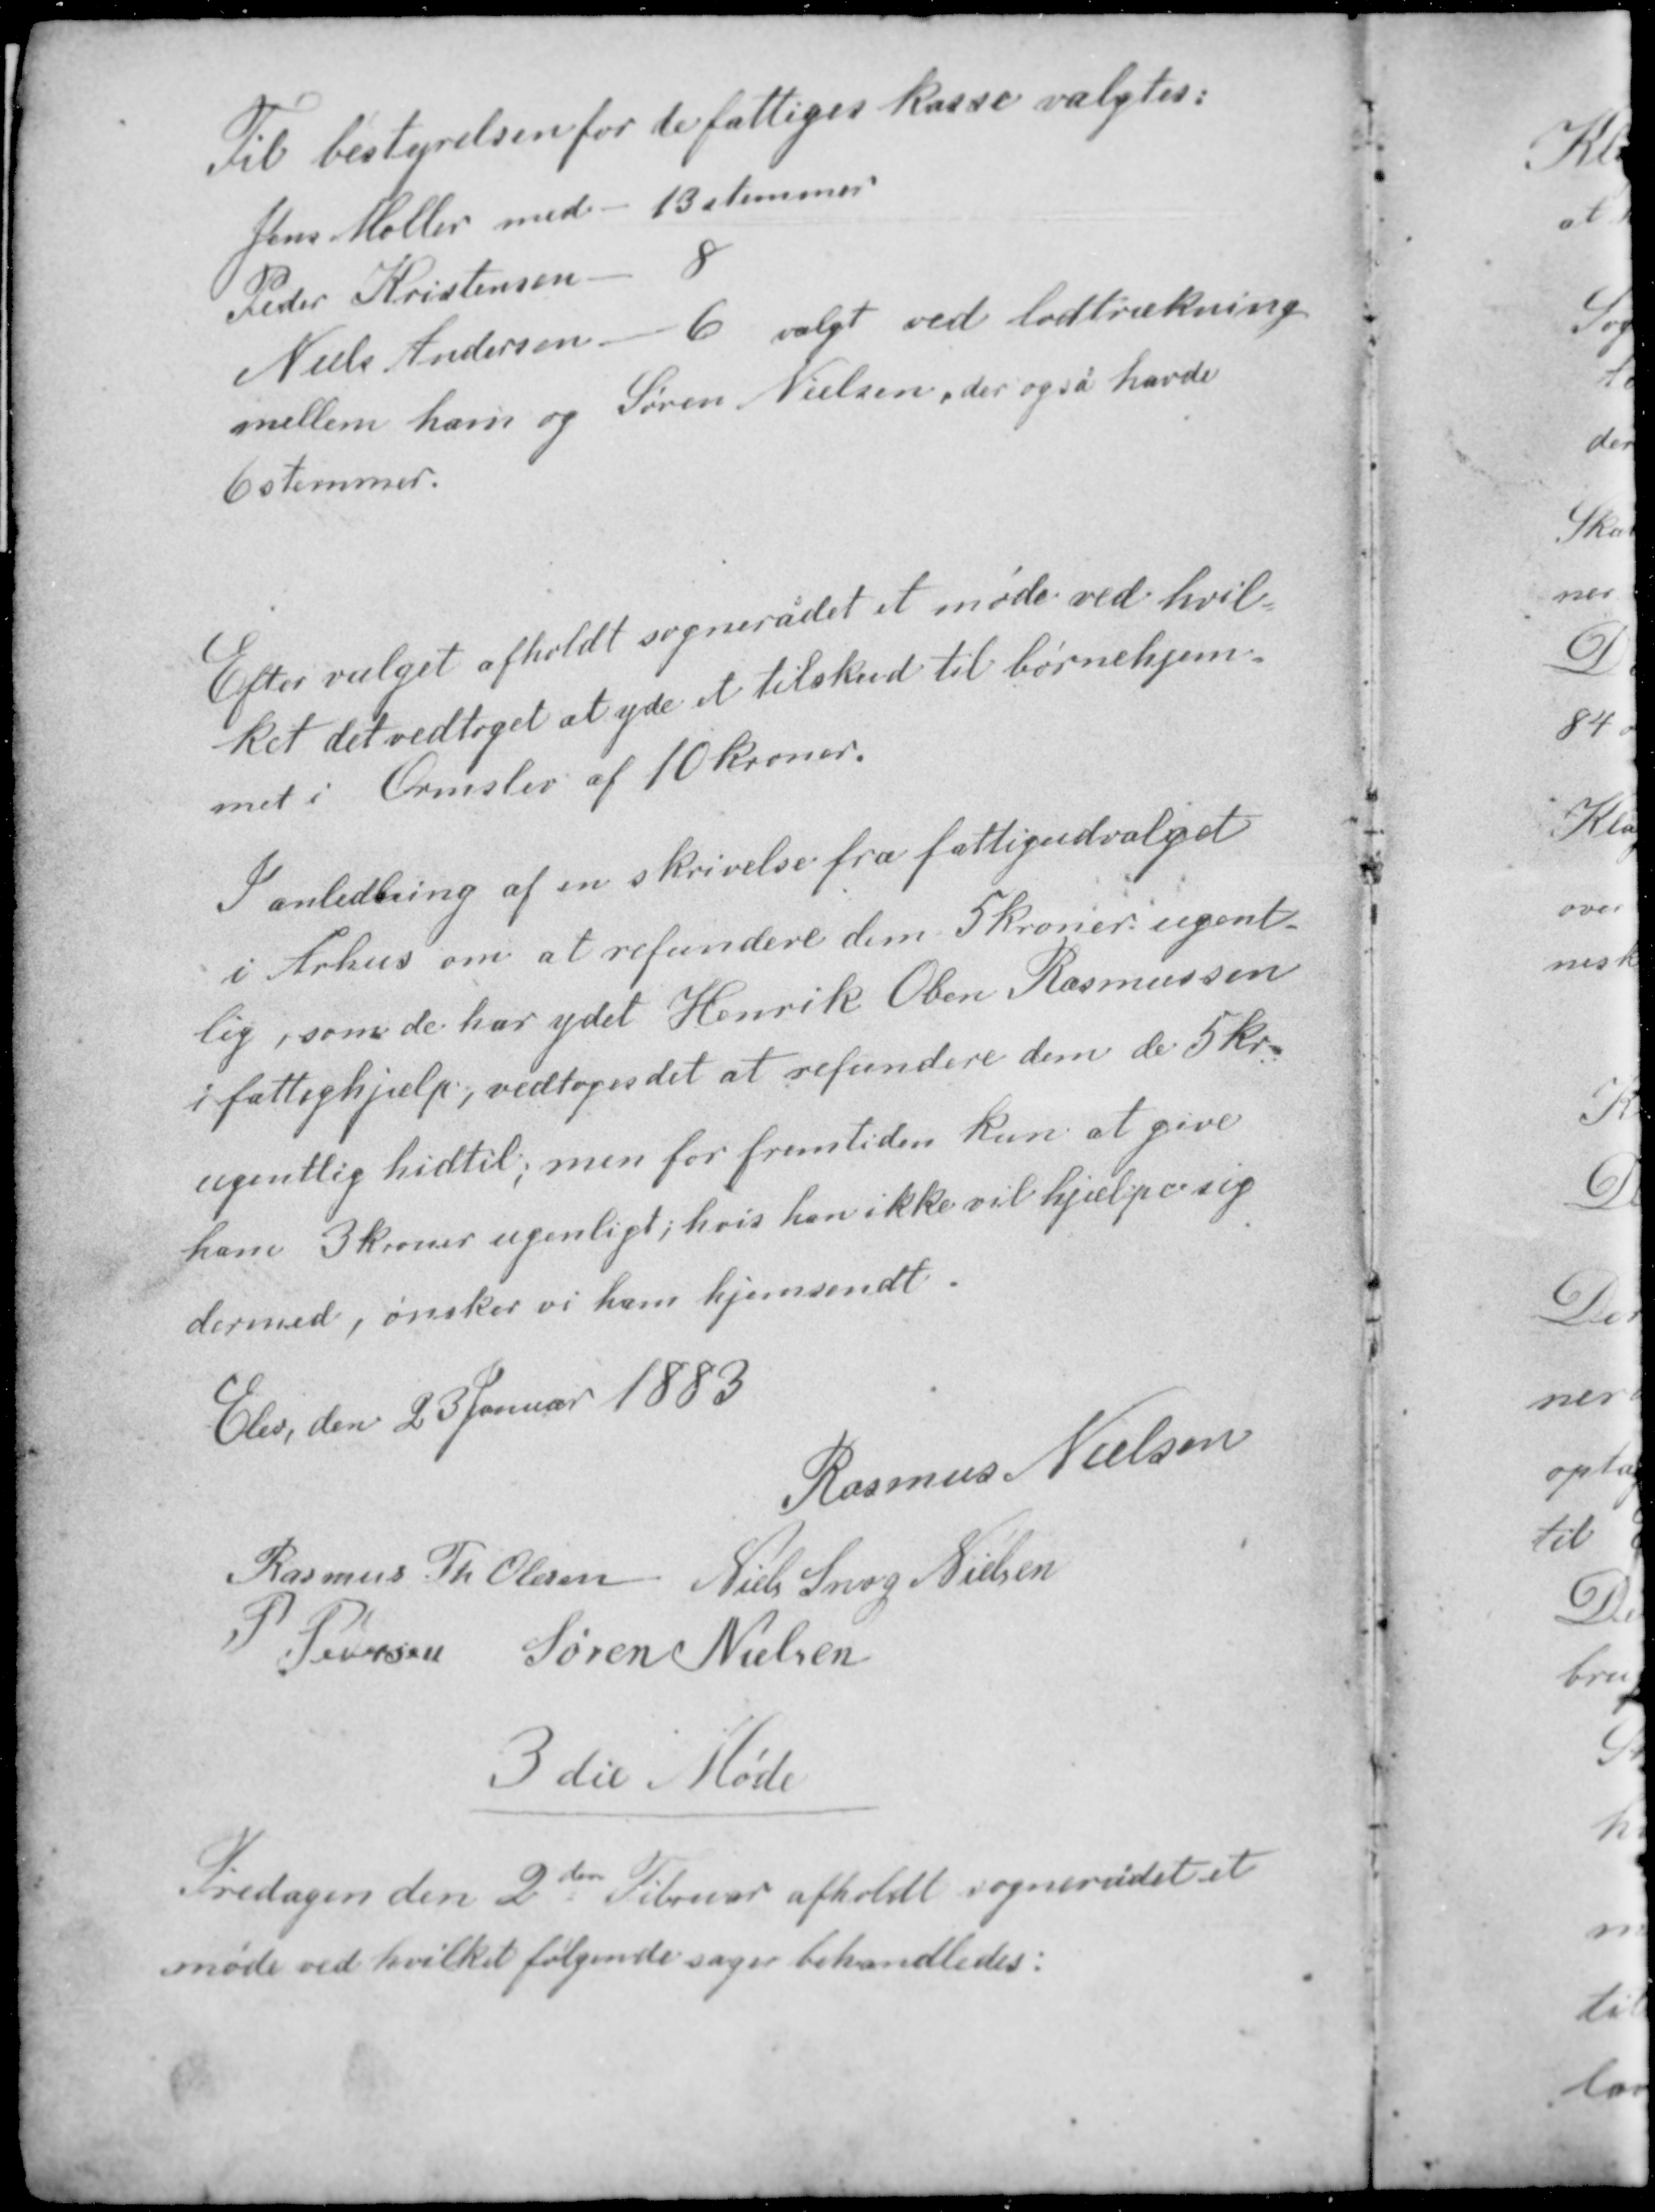
Transskription:
Til bestyrelsen for de fattiges kasse valgtes:
Jens Møller med - 13 stemmer
Peder Kristensen - 8
Niels Andersen - 6 valgt ved lodtrækning
mellem ham og Søren Nielsen, der også havde
6 stemmer

Efter valget afholdt sognerådet et møde ved hvil-
ket det vedtaget at yde et tilskud til børnehjem-
met i Ormslev af 10 kroner.

I anledning af en skrivelse fra fattigudvalget
i Århus om at refundere dem 5 kroner ugent-
lig, som de har ydet Henrik Oben Rasmussen
i fattighjælp, vedtoges det at refundere denne de 5 kr.
ugentlig hidtil, men for fremtiden kun at give
ham 3 kroner ugentligt, hvis han ikke vil hjælpe sig
dermed, ønsker vi ham hjemsendt.

Elev, den 23 Januar 1883
Rasmus Nielsen
Rasmus Th. Olesen Niels Snog Nielsen
P. Pedersen Søren Nielsen

3 die Møde

Fredagen den 2den Februar afholdt sognerådet et
møde ved hvilket følgende sager behandledes: